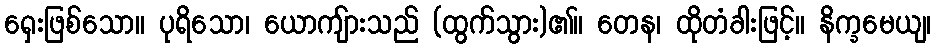
ရှေးဖြစ်သော။ ပုရိသော၊ ယောကျ်ားသည် (ထွက်သွား)၏။ တေန၊ ထိုတံခါးဖြင့်။ နိက္ခမေယျ၊